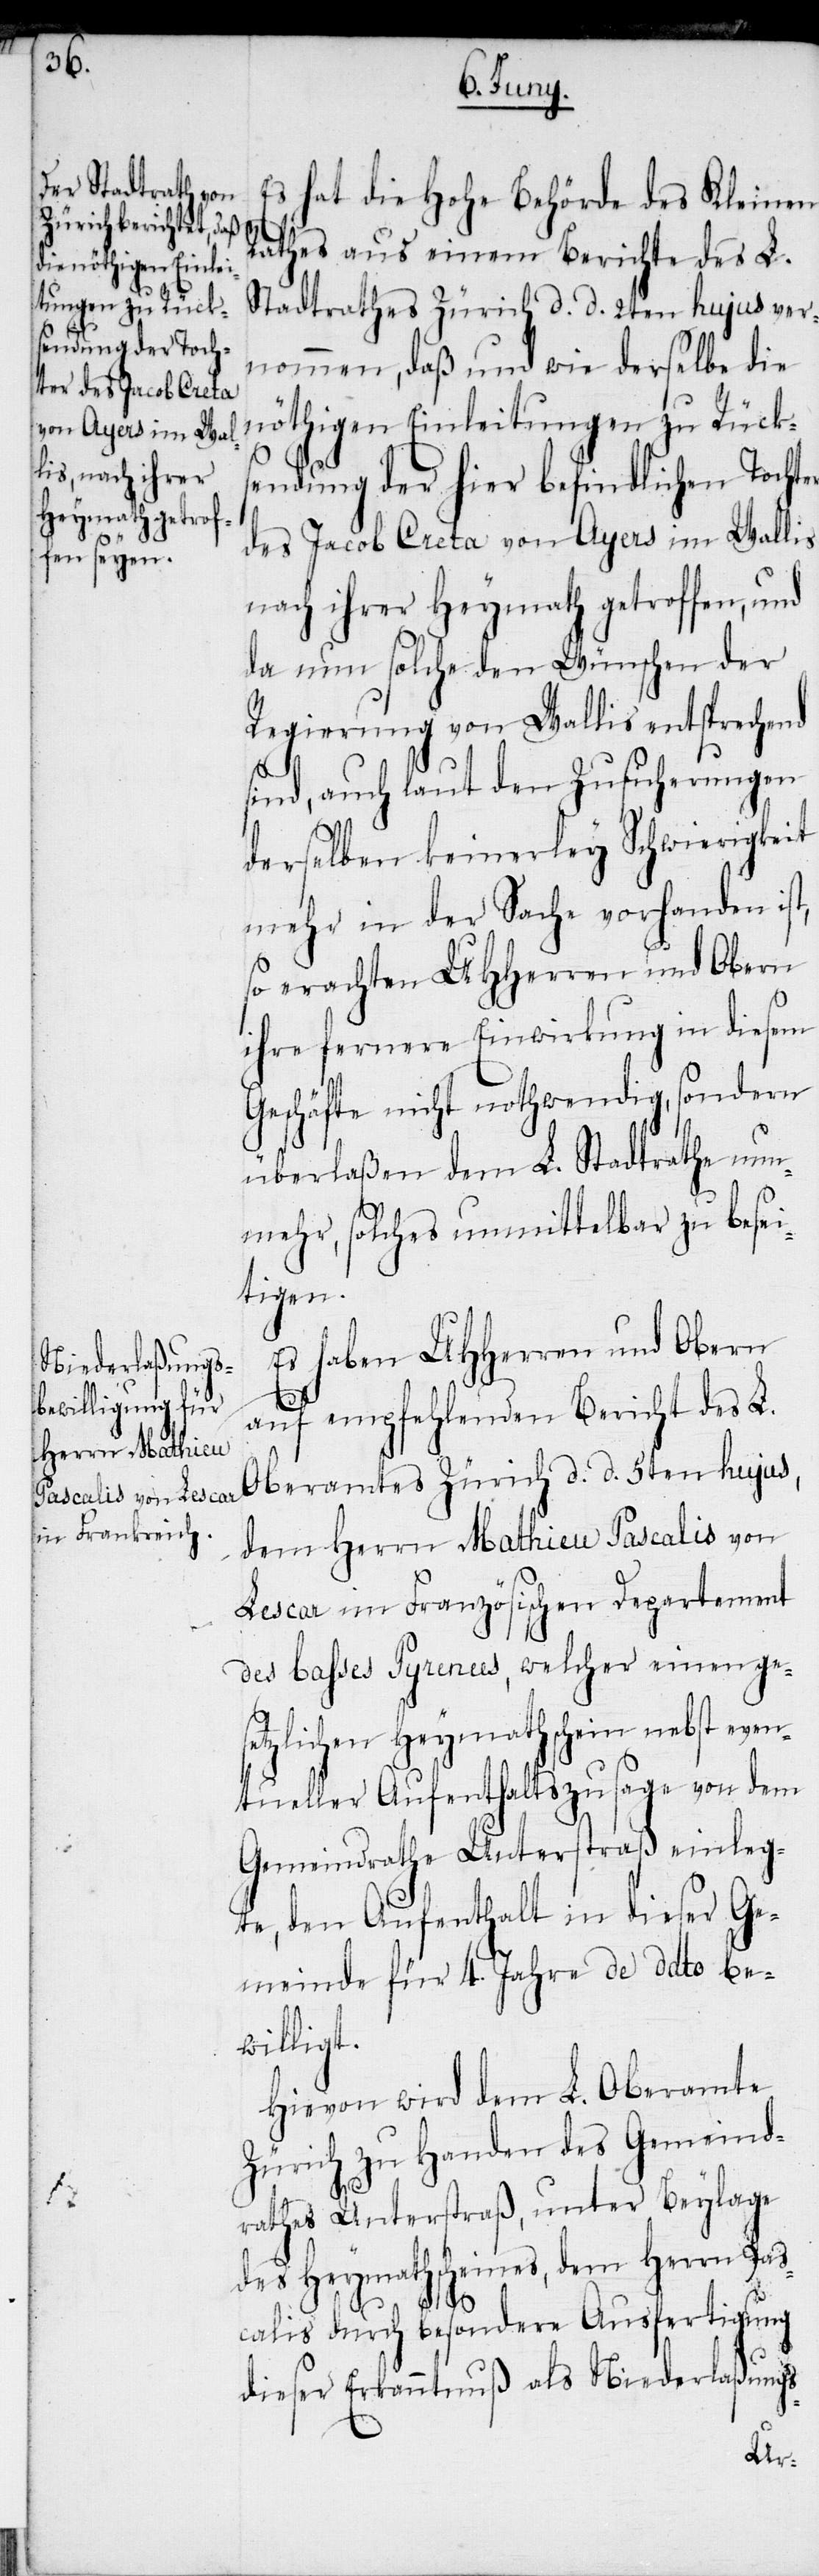
lis

ter des Jacob Creta
von Ayers im Wal¬

Es hat die Hohe Behörde des Kleinen
Rathes aus einem Berichte des L.
Stadtrathes Zürich d. d. 2ten hujus ver¬
nommen, daß und wie derselbe die
nöthigen Einleitungen zu Rücks¬
endung der hier befindlichen Toch¬
nach ihrer Heymath getroffen, und
da nun solche den Wünschen der
Regierung von Wallis entsprechend
sind, auch laut den Zusicherungen
derselben keinerley Schwierigkeit
mehr in der Sache vorhanden ist,
so erachten UHHerren und Obern
ihre fernere Einwirkung in diesem
Geschäfte nicht nothwendig, sondern
überlaßen dem L. Stadtrathe nun¬
mehr, solches unmittelbar zu besei¬
tigen.
Es haben UHHerren und Obern
auf empfehlenden Bericht des L.
Oberamtes Zürich d. d. 5ten hujus,
dem Herrn Mathieu Pascalis von
Lescar im Französischen Departement
des Basses Pyrenees, welcher einen ges¬
etzlichen Heymathschein nebst even¬
tueller Aufenthaltszusage von dem
Gemeindrathe Unterstraß einleg¬
te, den Aufenthalt in dieser Ge¬
meinde für 4. Jahre de dato be¬
willigt.
Hievon wird dem L. Oberamte
Zürich zu Handen des Gemeind¬
rathes Unterstraß, unter Beylage
des Heymathscheines, dem Herrn Pas¬
calis durch besondere Ausfertigung
dieser Erkanntnuß als Niederlaßungs-